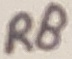
Text: R8